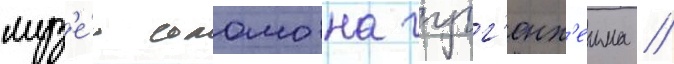
муз'е́ю соломона гугг'енх'еима //